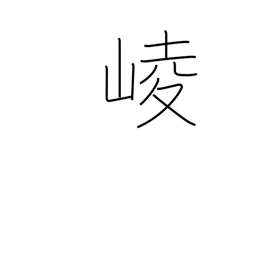
Meaning: mountains towering in a row